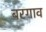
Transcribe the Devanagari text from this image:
बरगाव